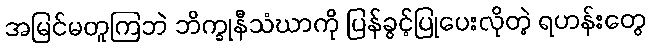
အမြင်မတူကြဘဲ ဘိက္ခုနီသံဃာကို ပြန်ခွင့်ပြုပေးလိုတဲ့ ရဟန်းတွေ